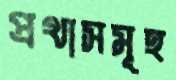
প্রথাসমূহ